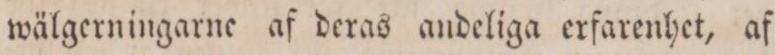
wälgerningarne af deras andeliga erfarenhet, af